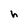
Character: h